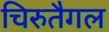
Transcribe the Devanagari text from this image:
चिरुतैगल